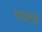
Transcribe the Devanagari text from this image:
गावतच